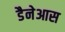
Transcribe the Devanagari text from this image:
डैनेआस